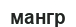
мангр